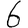
Digit: 6